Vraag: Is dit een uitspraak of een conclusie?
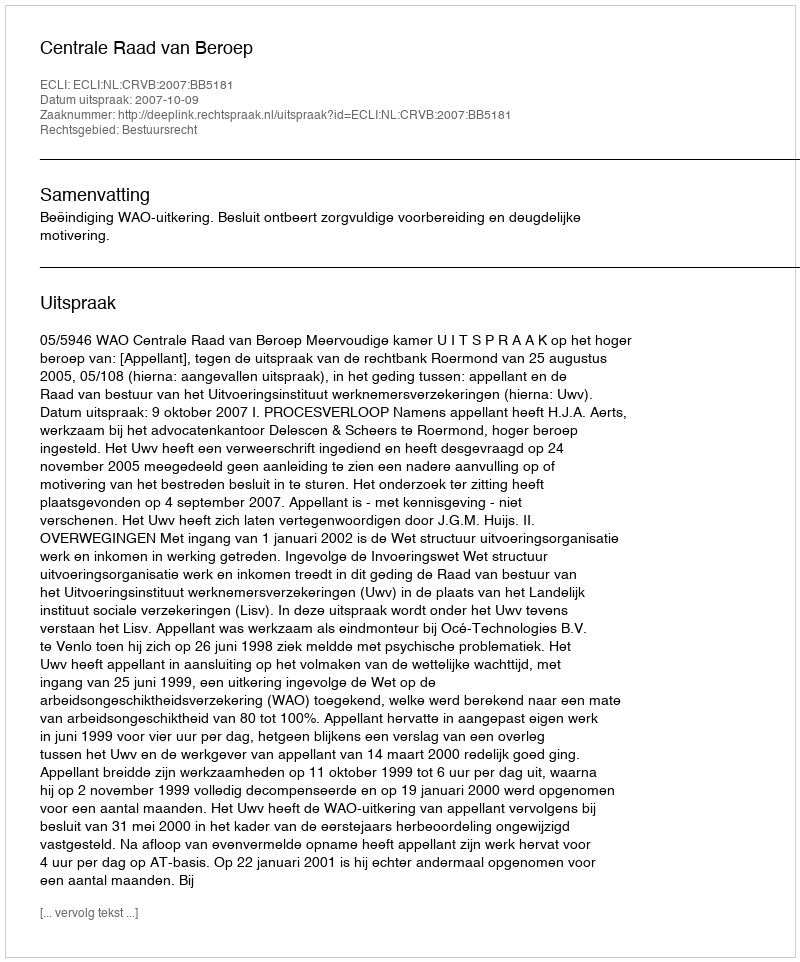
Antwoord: Uitspraak